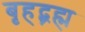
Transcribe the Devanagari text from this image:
बृहद्ब्रह्म